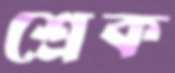
শ্রেক